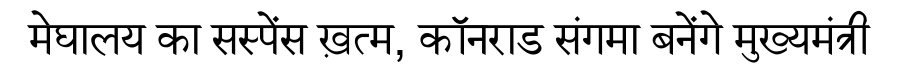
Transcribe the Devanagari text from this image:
मेघालय का सस्पेंस ख़त्म, कॉनराड संगमा बनेंगे मुख्यमंत्री